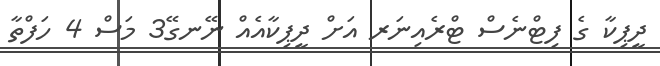
ދީޕިކާ ގެ ފިޓްނެސް ޓްރެއިނަރ އަށް ދީޕިކާއެއް ނޭނގޭ3 މަސް 4 ހަފްތާ